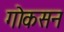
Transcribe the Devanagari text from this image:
गोकसन